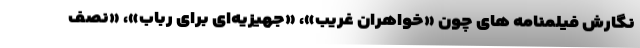
نگارش فیلمنامه‌ های چون «خواهران غریب»، «جهیزیه‌ای برای رباب»، «نصف